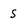
Character: S